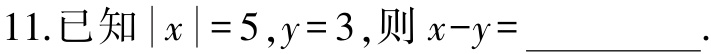
11.已知\(\vert x\vert = 5,y = 3\),则\(x - y=\underline{\quad\quad}\).